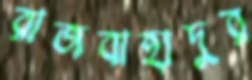
রাজবাহাদুর